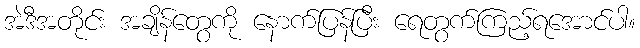
အဲဒီအတိုင်း အချိန်တွေကို နောက်ပြန်ပြီး ရေတွက်ကြည့်ရအောင်ပါ။